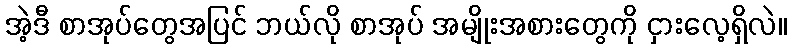
အဲ့ဒီ စာအုပ်တွေအပြင် ဘယ်လို စာအုပ် အမျိုးအစားတွေကို ငှားလေ့ရှိလဲ။